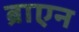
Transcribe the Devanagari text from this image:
ब्राएन